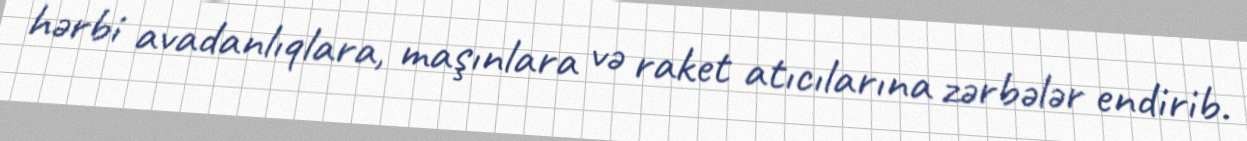
hərbi avadanlıqlara, maşınlara və raket atıcılarına zərbələr endirib.